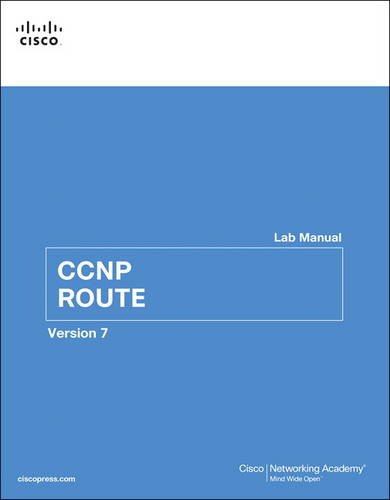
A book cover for CCNP ROUTE Lab Manual (2nd Edition) (Lab Companion); Cisco Networking Academy; Computers & Technology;